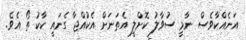
އަނެއްކާވެސް ނާމީ ސުވާލު ކޮށްލީ އެތަނަށް އެކުއްޖާ ގެނައީ ކާކު ތޯ އެވެ.